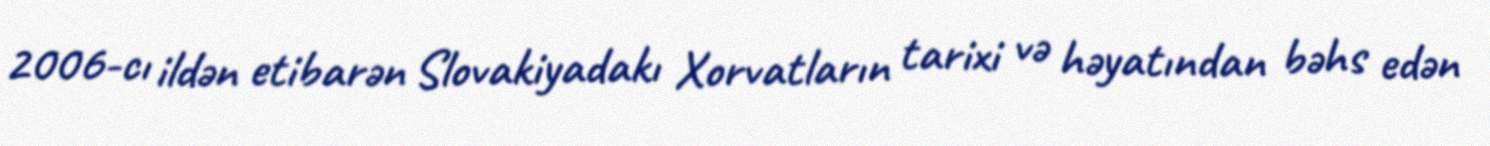
2006-cı ildən etibarən Slovakiyadakı Xorvatların tarixi və həyatından bəhs edən